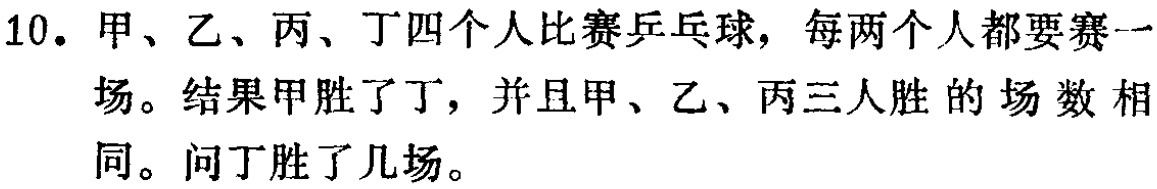
10. 甲、乙、丙、丁四个人比赛乒乓球，每两个人都要赛一场。结果甲胜了丁，并且甲、乙、丙三人胜的场数相同。问丁胜了几场。